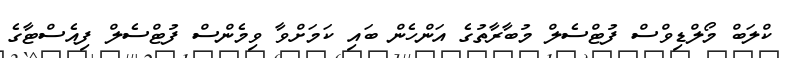
ކްލަބް މޯލްޑިވްސް ފުޓްސެލް މުބާރާތުގެ އަންހެން ބައި ކަމަށްވާ ވިމެންސް ފުޓްސެލް ފިއެސްޓާގެ